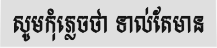
សូមកុំភ្លេចថា ទាល់តែមាន